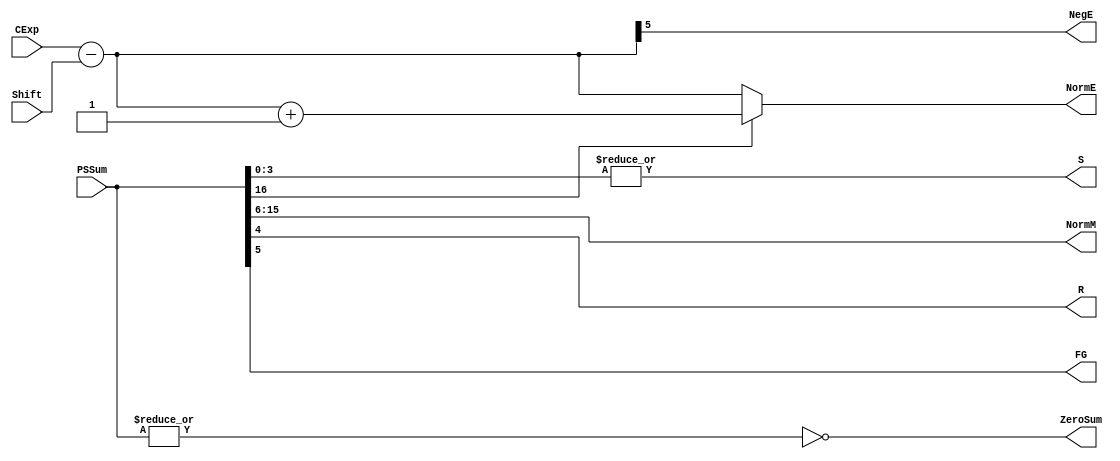
`define SIMULATION_MEMORY
`define EXPONENT 5
`define MANTISSA 10
`define ACTUAL_MANTISSA 11
`define EXPONENT_LSB 10
`define EXPONENT_MSB 14
`define MANTISSA_LSB 0
`define MANTISSA_MSB 9
`define MANTISSA_MUL_SPLIT_LSB 3
`define MANTISSA_MUL_SPLIT_MSB 9
`define SIGN 1
`define SIGN_LOC 15
`define DWIDTH (`SIGN+`EXPONENT+`MANTISSA)
`define IEEE_COMPLIANCE 1

module FPAddSub_NormalizeShift2(
		PSSum,
		CExp,
		Shift,
		NormM,
		NormE,
		ZeroSum,
		NegE,
		R,
		S,
		FG
	);

	// Input ports
	input [`DWIDTH:0] PSSum ;					// The Pre-Shift-Sum
	input [`EXPONENT-1:0] CExp ;
	input [4:0] Shift ;					// Amount to be shifted

	// Output ports
	output [`MANTISSA-1:0] NormM ;				// Normalized mantissa
	output [`EXPONENT:0] NormE ;					// Adjusted exponent
	output ZeroSum ;						// Zero flag
	output NegE ;							// Flag indicating negative exponent
	output R ;								// Round bit
	output S ;								// Final sticky bit
	output FG ;

	// Internal signals
	wire MSBShift ;						// Flag indicating that a second shift is needed
	wire [`EXPONENT:0] ExpOF ;					// MSB set in sum indicates overflow
	wire [`EXPONENT:0] ExpOK ;					// MSB not set, no adjustment

	// Calculate normalized exponent and mantissa, check for all-zero sum
	assign MSBShift = PSSum[`DWIDTH] ;		// Check MSB in unnormalized sum
	assign ZeroSum = ~|PSSum ;			// Check for all zero sum
	assign ExpOK = CExp - Shift ;		// Adjust exponent for new normalized mantissa
	assign NegE = ExpOK[`EXPONENT] ;			// Check for exponent overflow
	assign ExpOF = CExp - Shift + 1'b1 ;		// If MSB set, add one to exponent(x2)
	assign NormE = MSBShift ? ExpOF : ExpOK ;			// Check for exponent overflow
	assign NormM = PSSum[`DWIDTH-1:`EXPONENT+1] ;		// The new, normalized mantissa

	// Also need to compute sticky and round bits for the rounding stage
	assign FG = PSSum[`EXPONENT] ;
	assign R = PSSum[`EXPONENT-1] ;
	assign S = |PSSum[`EXPONENT-2:0] ;

endmodule